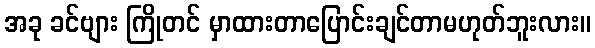
အခု ခင်ဗျား ကြိုတင် မှာထားတာပြောင်းချင်တာမဟုတ်ဘူးလား။